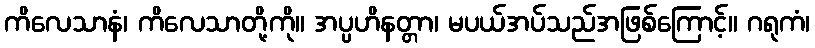
ကိလေသာနံ၊ ကိလေသာတို့ကို။ အပ္ပဟိနတ္တာ၊ မပယ်အပ်သည်အဖြစ်ကြောင့်။ ဂရုကံ၊